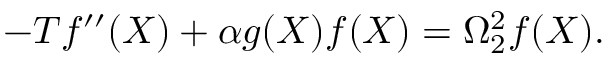
- T f ^ { \prime \prime } ( X ) + \alpha g ( X ) f ( X ) = \Omega _ { 2 } ^ { 2 } f ( X ) .